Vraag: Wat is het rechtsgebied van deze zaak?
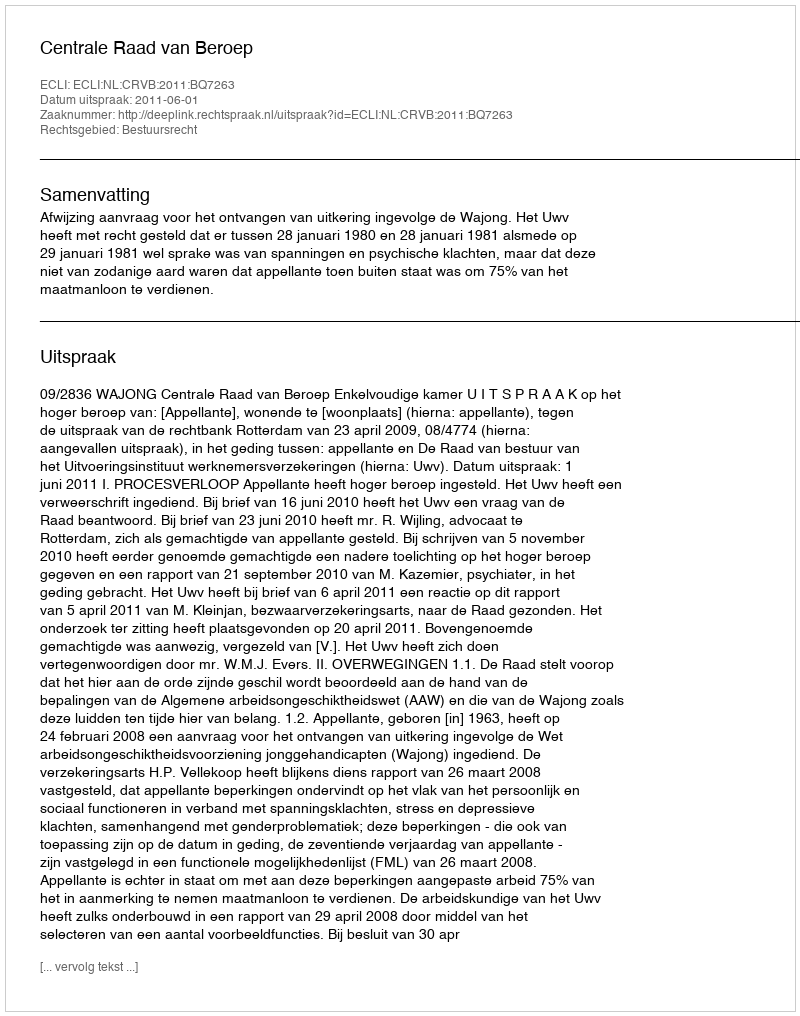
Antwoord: Bestuursrecht